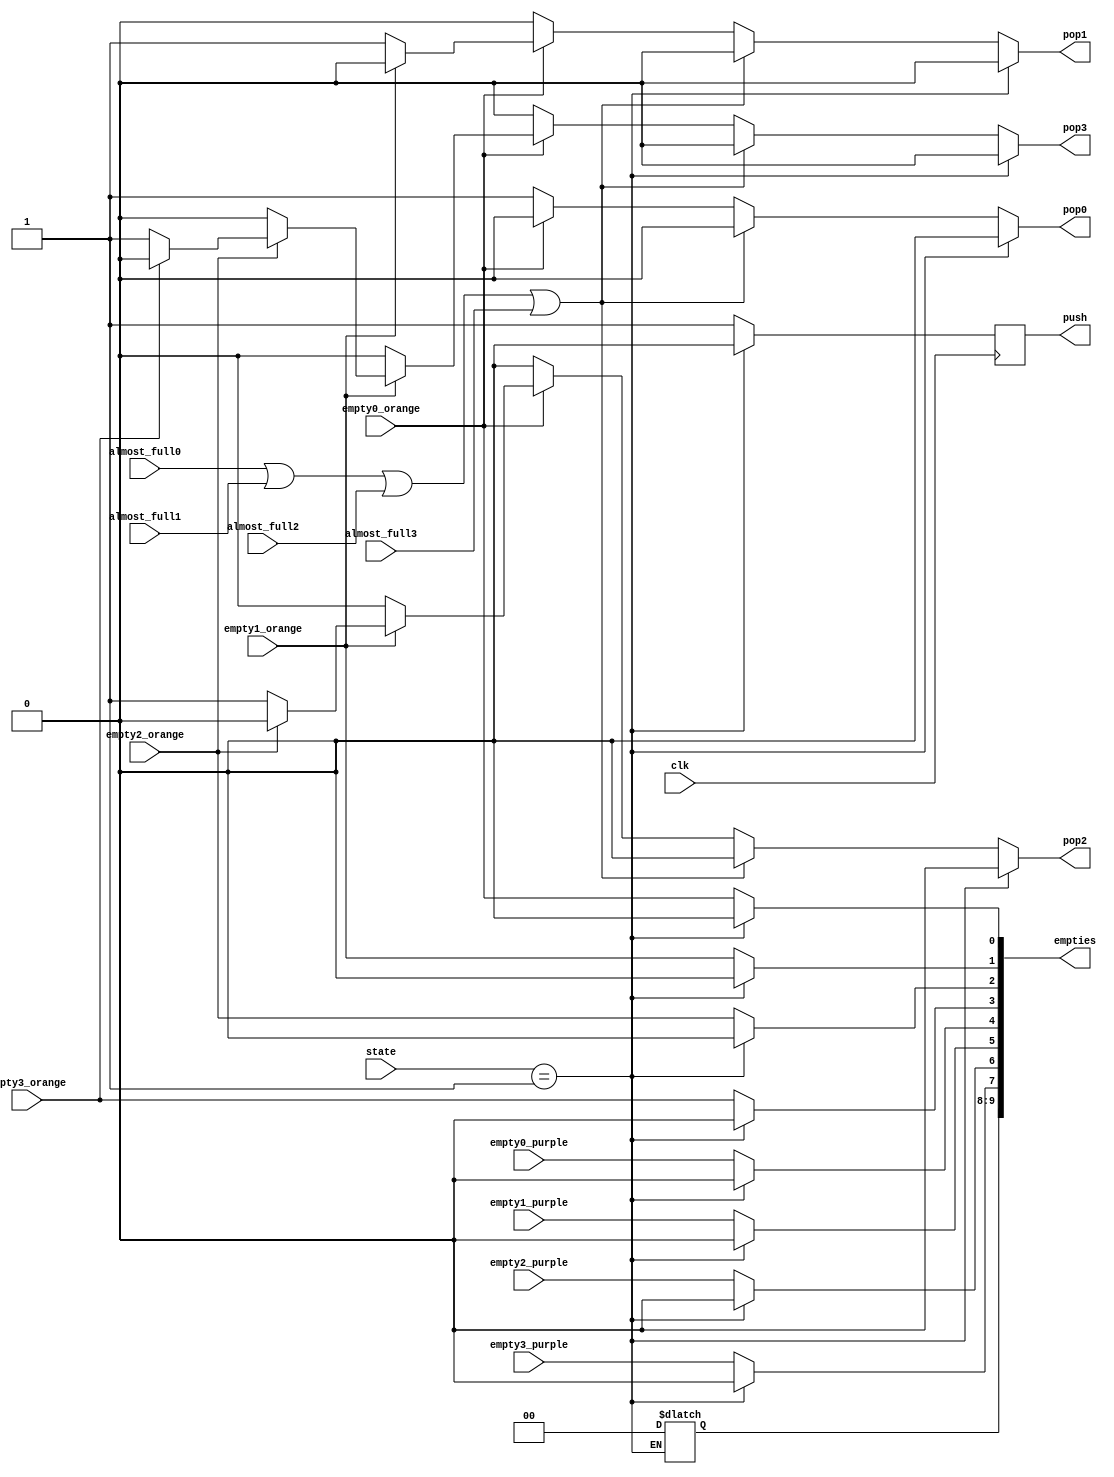
module arbitro(
    input clk,
    input almost_full0,
    input almost_full1,
    input almost_full2,
    input almost_full3,
    input empty0_orange,
    input empty1_orange,
    input empty2_orange,
    input empty3_orange,
    input empty0_purple,
    input empty1_purple,
    input empty2_purple,
    input empty3_purple,
    input [3:0] state,
    output reg push,
    output reg pop0,
    output reg pop1,
    output reg pop2,
    output reg pop3,
    output reg [9:0] empties
);

always@(posedge clk)begin
    if(state == 4'b0001)begin
        push <= 0;
    end
    else begin
        push <= 1;
    end

end
//Lgica de prioridades

always@(*)begin
    if(state == 4'b0001)begin
        pop0=0;
        pop1=0;
        pop2=0;
        pop3=0;
    end
    else begin

        if(almost_full0 | almost_full1 | almost_full2 | almost_full3)begin          
            pop0=0;
            pop1=0;
            pop2=0;
            pop3=0; 
        end
        else begin 
        
        if (empty0_orange ==0 )begin              
            pop0=1;
            pop1=0;
            pop2=0;
            pop3=0;
        end
        else begin 
            if (empty1_orange == 0  )begin           
                pop0=0;
                pop1=1;
                pop2=0;
                pop3=0;
            end
            else begin 
                if (empty2_orange==0 )begin           
                    pop0=0;
                    pop1=0;
                    pop2=1;
                    pop3=0;
                end
                else begin 
                    if (empty3_orange==0 )begin               
                        pop0=0;
                        pop1=0;
                        pop2=0;
                        pop3=1;
                    end 
                    else begin 
                        pop0=0;
                        pop1=0;
                        pop2=0;
                        pop3=0;          
                    end
                end
            end
        end
    end
    end
end

//encapsulamiento de los empties para eventual entrada de FSM
always@(*)begin
     if(state== 4'b0001)begin
       empties<=8'b00000000;  
     end
     else begin
        empties[0] = empty0_orange;
        empties[1] = empty1_orange;
        empties[2] = empty2_orange;
        empties[3] = empty3_orange;
        empties[4] = empty0_purple;
        empties[5] = empty1_purple;
        empties[6] = empty2_purple;
        empties[7] = empty3_purple;
     end
end

endmodule